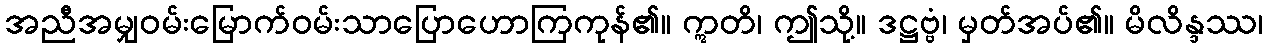
အညီအမျှဝမ်းမြောက်ဝမ်းသာပြောဟောကြကုန်၏။ ဣတိ၊ ဤသို့။ ဒဋ္ဌဗ္ဗံ၊ မှတ်အပ်၏။ မိလိန္ဒဿ၊